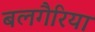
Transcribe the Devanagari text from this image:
बलगैरिया